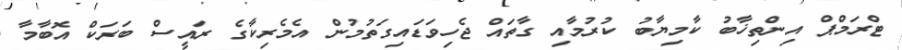
ޓްރަމްޕް އިންތިޚާބު ކާމިޔާބު ކުރުމާއި ގާތައް ޖެހިވަޑައިގަތުމުން އެމެރިކާގެ ރައީސް ބަރަކް އޮބާމާ